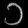
Digit: ၁